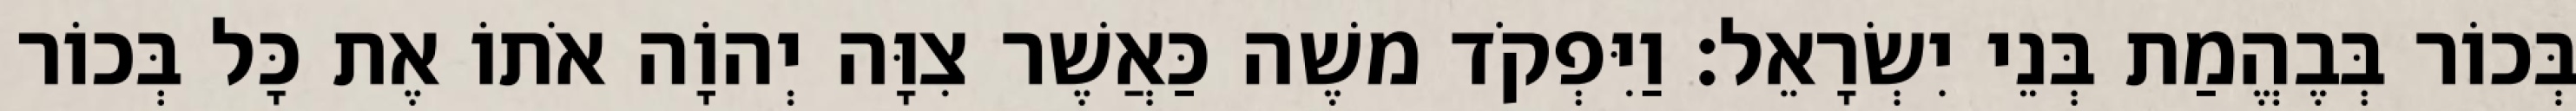
בְּכוֹר בְּבֶהֱמַת בְּנֵי יִשְׂרָאֵל׃ וַיִּפְקֹד משֶׁה כַּאֲשֶׁר צִוָּה יְהוָֹה אֹתוֹ אֶת כָּל בְּכוֹר